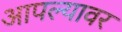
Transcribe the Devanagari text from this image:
आपल्‍यावर